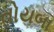
તોયબા